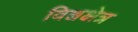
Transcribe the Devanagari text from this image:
विश्वक्षेत्र